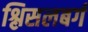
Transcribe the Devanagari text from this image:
श्लिसलबर्ग